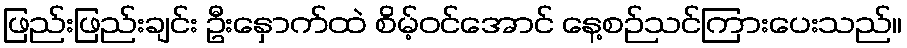
ဖြည်းဖြည်းချင်း ဦးနှောက်ထဲ စိမ့်ဝင်အောင် နေ့စဉ်သင်ကြားပေးသည်။